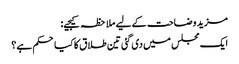
مزید وضاحت کے لیے ملاحظہ کیجیے:
ایک مجلس میں‌ دی گئی تین طلاق کا کیا حکم ہے؟